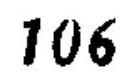
\(106\)